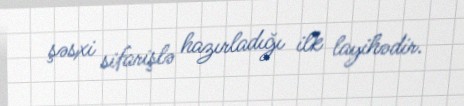
şəsxi sifarişlə hazırladığı ilk layihədir.